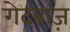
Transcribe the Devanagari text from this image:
गेदबाज़